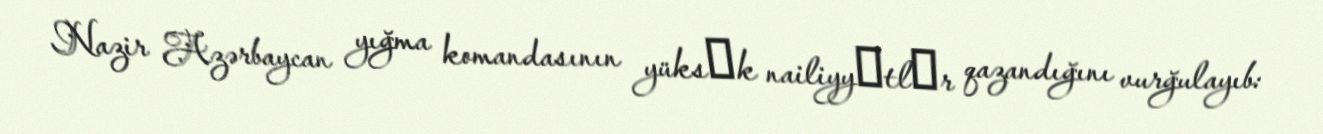
Nazir Azərbaycan yığma komandasının yüksәk nailiyyәtlәr qazandığını vurğulayıb: